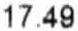
17.49